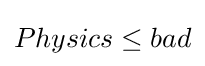
Physics\leq bad